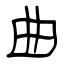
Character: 曲